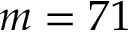
m = 7 1